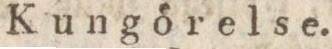
Kungörelse.